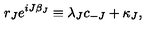
r _ { J } e ^ { i J \beta _ { J } } \equiv \lambda _ { J } c _ { - J } + \kappa _ { J } ,